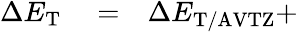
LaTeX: \begin{array}{rlr}{\Delta E_{\mathrm{T}}}&{{}=}&{\Delta E_{\mathrm{T/AVTZ}}+}\end{array}